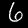
Label: 6